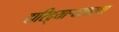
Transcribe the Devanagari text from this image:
दारिद्र्याऱ्यावस्था